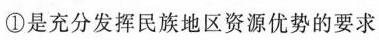
①是充分发挥民族地区资源优势的要求